Civil Veterinary Dept. Bombay admin report 1914-1922 - 1914-1922
Year: 1914
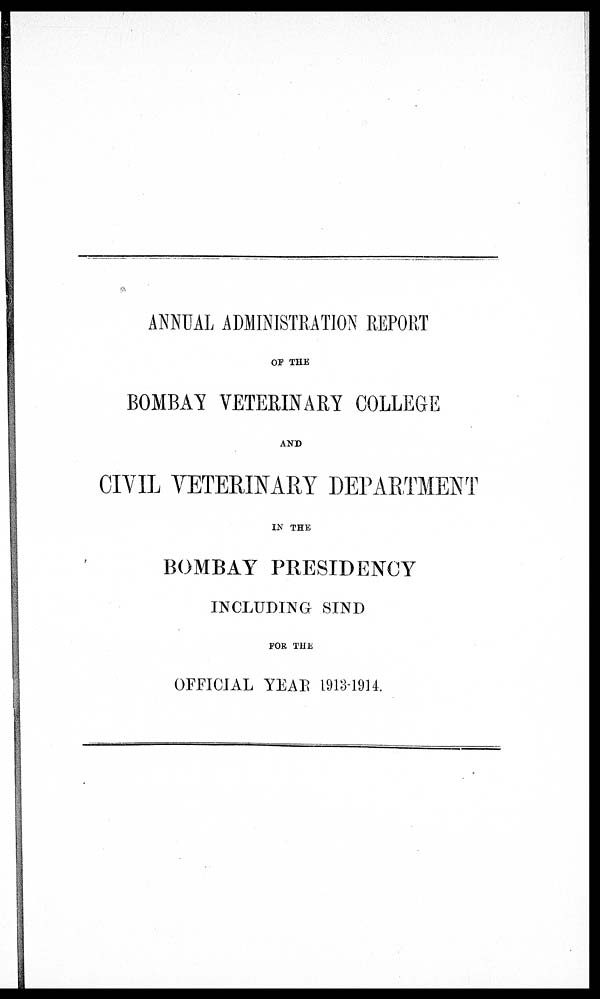
ANNUAL ADMINISTRATION REPORT
OF THE
BOMBAY VETERINARY COLLEGE
AND
CIVIL VETERINARY DEPARTMENT
IN THE
BOMBAY PRESIDENCY
INCLUDING SIND
FOR THE
OFFICIAL YEAR 1913-1914.